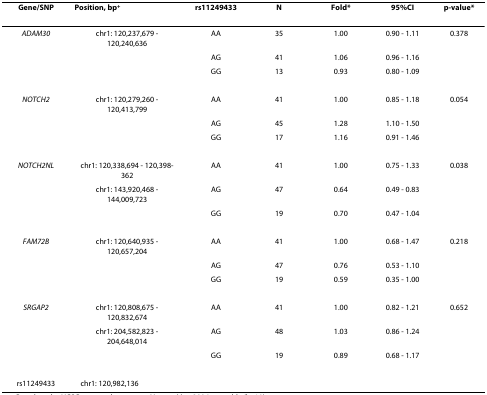
<table><thead><tr><td><b>Gene/SNP</b></td><td><b>Position, bp<sup>+</sup></b></td><td><b>rs11249433</b></td><td><b>N</b></td><td><b>Fold*</b></td><td><b>95%CI</b></td><td><b>p-value*</b></td></tr></thead><tbody><tr><td><i>ADAM30</i></td><td>chr1: 120,237,679 - 120,240,636</td><td>AA</td><td>35</td><td>1.00</td><td>0.90 - 1.11</td><td>0.378</td></tr><tr><td></td><td></td><td>AG</td><td>41</td><td>1.06</td><td>0.96 - 1.16</td><td></td></tr><tr><td></td><td></td><td>GG</td><td>13</td><td>0.93</td><td>0.80 - 1.09</td><td></td></tr><tr><td><i>NOTCH2</i></td><td>chr1: 120,279,260 - 120,413,799</td><td>AA</td><td>41</td><td>1.00</td><td>0.85 - 1.18</td><td>0.054</td></tr><tr><td></td><td></td><td>AG</td><td>45</td><td>1.28</td><td>1.10 - 1.50</td><td></td></tr><tr><td></td><td></td><td>GG</td><td>17</td><td>1.16</td><td>0.91 - 1.46</td><td></td></tr><tr><td><i>NOTCH2NL</i></td><td>chr1: 120,338,694 - 120,398-362</td><td>AA</td><td>41</td><td>1.00</td><td>0.75 - 1.33</td><td>0.038</td></tr><tr><td></td><td>chr1: 143,920,468 - 144,009,723</td><td>AG</td><td>47</td><td>0.64</td><td>0.49 - 0.83</td><td></td></tr><tr><td></td><td></td><td>GG</td><td>19</td><td>0.70</td><td>0.47 - 1.04</td><td></td></tr><tr><td><i>FAM72B</i></td><td>chr1: 120,640,935 - 120,657,204</td><td>AA</td><td>41</td><td>1.00</td><td>0.68 - 1.47</td><td>0.218</td></tr><tr><td></td><td></td><td>AG</td><td>47</td><td>0.76</td><td>0.53 - 1.10</td><td></td></tr><tr><td></td><td></td><td>GG</td><td>19</td><td>0.59</td><td>0.35 - 1.00</td><td></td></tr><tr><td><i>SRGAP2</i></td><td>chr1: 120,808,675 - 120,832,674</td><td>AA</td><td>41</td><td>1.00</td><td>0.82 - 1.21</td><td>0.652</td></tr><tr><td></td><td>chr1: 204,582,823 - 204,648,014</td><td>AG</td><td>48</td><td>1.03</td><td>0.86 - 1.24</td><td></td></tr><tr><td></td><td></td><td>GG</td><td>19</td><td>0.89</td><td>0.68 - 1.17</td><td></td></tr><tr><td>rs11249433</td><td>chr1: 120,982,136</td><td></td><td></td><td></td><td></td><td></td></tr></tbody></table>